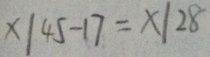
x \vert 4 5 - 1 7 = x \vert 2 8